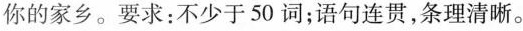
你的家乡。要求:不少于50词；语句连贯,条理清晰。